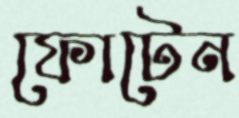
ফোটেন